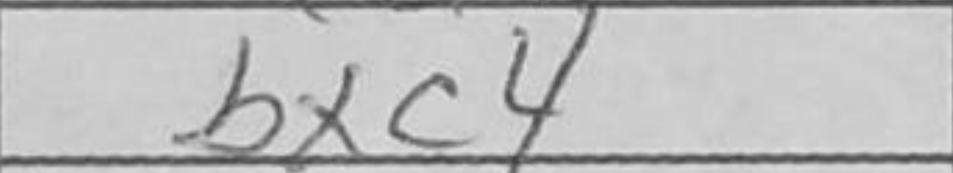
Transcription: bxc4